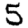
Digit: 5